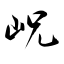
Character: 岲